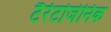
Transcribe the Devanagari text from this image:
टैरेटोजेनिक